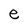
Character: e